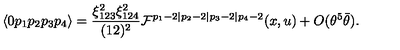
\langle 0 p _ { 1 } p _ { 2 } p _ { 3 } p _ { 4 } \rangle = { \frac { \xi _ { 1 2 3 } ^ { 2 } \xi _ { 1 2 4 } ^ { 2 } } { ( 1 2 ) ^ { 2 } } } { \cal F } ^ { p _ { 1 } - 2 \vert p _ { 2 } - 2 \vert p _ { 3 } - 2 \vert p _ { 4 } - 2 } ( x , u ) + O ( \theta ^ { 5 } \bar { \theta } ) .